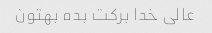
عالی خدا برکت بده بهتون